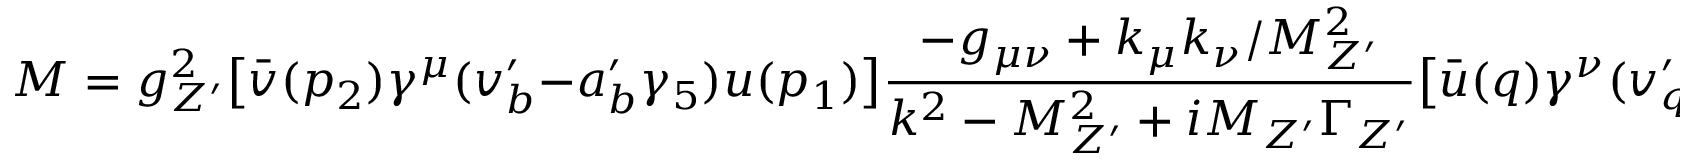
M = g _ { Z ^ { \prime } } ^ { 2 } \bigl [ \bar { v } ( p _ { 2 } ) \gamma ^ { \mu } ( v _ { b } ^ { \prime } - a _ { b } ^ { \prime } \gamma _ { 5 } ) u ( p _ { 1 } ) \bigr ] \frac { - g _ { \mu \nu } + k _ { \mu } k _ { \nu } / M _ { Z ^ { \prime } } ^ { 2 } } { k ^ { 2 } - M _ { Z ^ { \prime } } ^ { 2 } + i M _ { Z ^ { \prime } } \Gamma _ { Z ^ { \prime } } } \bigl [ \bar { u } ( q ) \gamma ^ { \nu } ( v _ { q } ^ { \prime } - a _ { q } ^ { \prime } \gamma _ { 5 } ) v ( \bar { q } ) \bigr ] ,